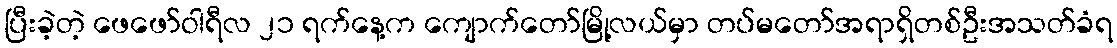
ပြီးခဲ့တဲ့ ဖေဖော်ဝါရီလ ၂၁ ရက်နေ့က ကျောက်တော်မြို့လယ်မှာ တပ်မတော်အရာရှိတစ်ဦးအသတ်ခံရ